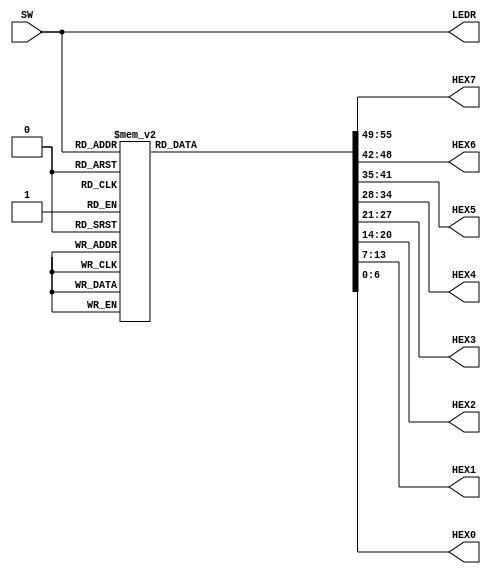
/*
	Author: Quyet Luu
	Date: 7/26/2016
*/

module lab1_part6(SW,LEDR,HEX7,HEX6,HEX5,HEX4,HEX3,HEX2,HEX1,HEX0);
input [9:7] SW;
output [9:7] LEDR;
output [6:0] HEX7,HEX6,HEX5,HEX4,HEX3,HEX2,HEX1,HEX0;
reg [55:0] hex;

assign {HEX7,HEX6,HEX5,HEX4,HEX3,HEX2,HEX1,HEX0} = hex[55:0];


assign LEDR = SW; // show value of SW

always @(SW)
begin
	case(SW[9:7])
		3'h0: hex = (55'b0100001_0000110_0100100) |  ~55'b1111111_1111111_1111111;
		3'h1: hex = (55'b0100001_0000110_0100100 << 7) |  ~(55'b1111111_1111111_1111111 << 7);
		3'h2: hex = (55'b0100001_0000110_0100100 << 14) |  ~(55'b1111111_1111111_1111111 << 14);
		3'h3: hex = (55'b0100001_0000110_0100100 << 21) |  ~(55'b1111111_1111111_1111111 << 21);
		3'h4: hex = (55'b0100001_0000110_0100100 << 28) |  ~(55'b1111111_1111111_1111111 << 28);
		3'h5: hex = (55'b0100001_0000110_0100100 << 35) |  ~(55'b1111111_1111111_1111111 << 35);
		3'h6: hex = (55'b0100001_0000110_0100100 << 42 | 55'b0100001_0000110_0100100 >> 14) |  ~(55'b1111111_1111111_1111111 << 42 | 55'b1111111_1111111_1111111 >> 14 ) ;
		3'h7: hex = (55'b0100001_0000110_0100100 << 49 | 55'b0100001_0000110_0100100 >> 7) |  ~(55'b1111111_1111111_1111111 << 49 | 55'b1111111_1111111_1111111 >> 7);
		default: hex = ~(42'b0);
	endcase
end


endmodule